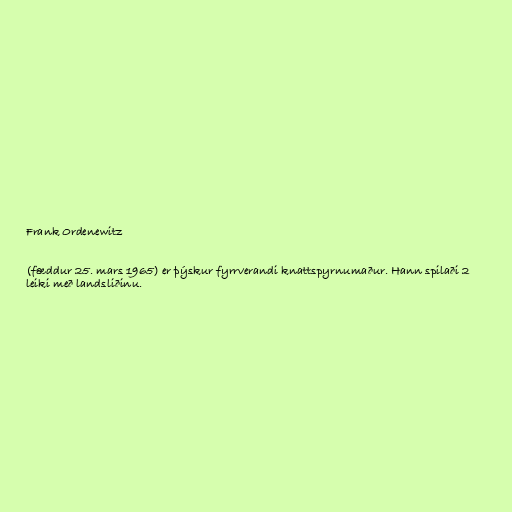
Frank Ordenewitz

(fæddur 25. mars 1965) er þýskur fyrrverandi knattspyrnumaður. Hann spilaði 2
leiki með landsliðinu.